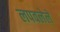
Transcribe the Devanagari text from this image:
लपवलेले